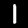
Digit: 1